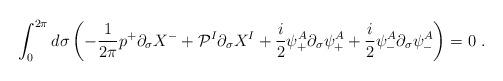
LaTeX: \begin{align*}\int^{2\pi}_0 d \sigma \left( - \frac{1}{2\pi} p^+ \partial_\sigma X^- + {\cal P}^I \partial_\sigma X^I + \frac{i}{2} \psi^A_+ \partial_\sigma \psi^A_+ + \frac{i}{2} \psi^A_- \partial_\sigma \psi^A_- \right) = 0 ~.\end{align*}